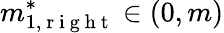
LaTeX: m_{1,\mathrm{~r~i~g~h~t~}}^{*}\in(0,m)